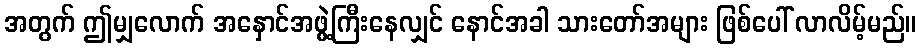
အတွက် ဤမျှလောက် အနှောင်အဖွဲ့ကြီးနေလျှင် နောင်အခါ သားတော်အများ ဖြစ်ပေါ် လာလိမ့်မည်။